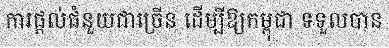
ការផ្តល់ជំនួយជាច្រើន ដើម្បីឱ្យកម្ពុជា ទទួលបាន